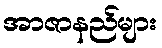
အာဇာနည်များ